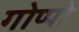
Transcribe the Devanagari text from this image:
गोप्पो